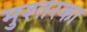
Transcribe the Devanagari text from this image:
मुश्तरका